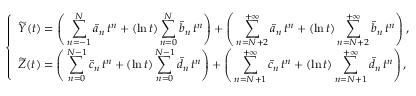
\left\{ \begin{array} { l l } { { \displaystyle \widetilde Y ( t ) = \left( \, \sum _ { n = - 1 } ^ { N } \widetilde a _ { n } \, t ^ { n } + ( \ln t ) \sum _ { n = 0 } ^ { N } \widetilde b _ { n } \, t ^ { n } \right) + \left( \, \sum _ { n = N + 2 } ^ { + \infty } \widetilde a _ { n } \, t ^ { n } + ( \ln t ) \sum _ { n = N + 2 } ^ { + \infty } \widetilde b _ { n } \, t ^ { n } \right) } \, , } \\ { { \displaystyle \widetilde Z ( t ) = \left( \, \sum _ { n = 0 } ^ { N - 1 } \widetilde c _ { n } \, t ^ { n } + ( \ln t ) \sum _ { n = 0 } ^ { N - 1 } \widetilde d _ { n } \, t ^ { n } \right) + \left( \, \sum _ { n = N + 1 } ^ { + \infty } \widetilde c _ { n } \, t ^ { n } + ( \ln t ) \sum _ { n = N + 1 } ^ { + \infty } \widetilde d _ { n } \, t ^ { n } \right) } \, , } \end{array} \right.